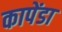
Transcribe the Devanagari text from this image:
कापेंडा